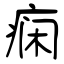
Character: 痫